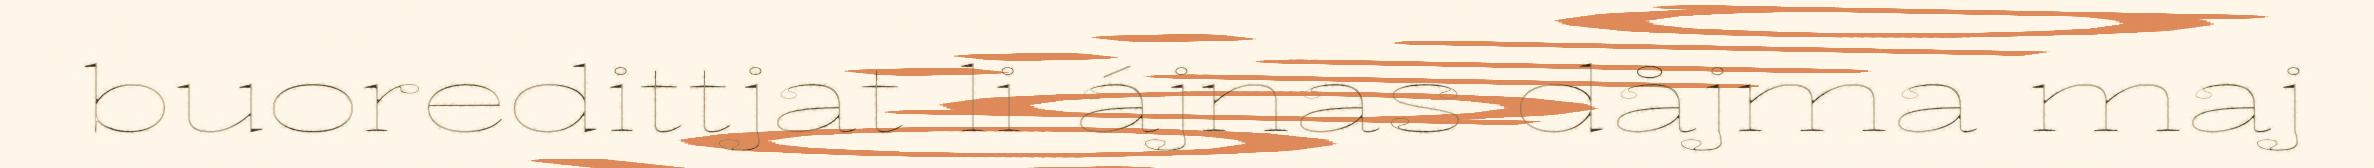
buoredittjat li ájnas dåjma maj